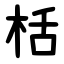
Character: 栝